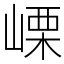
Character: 㟳